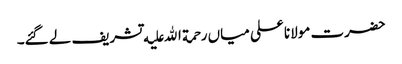
حضرت مولانا علی میاں رحمة الله علیه تشریف لے گئے۔